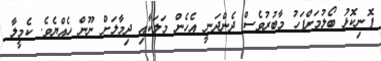
ފޮނިކޮޅު ބޯލުމަށްފަހު މާބުރުވެސް ދެންދަނީ އެހެން މަލަކާއި ދިމާލަށް ނޫން ހެއްޔެވެ. ކެމީލާ